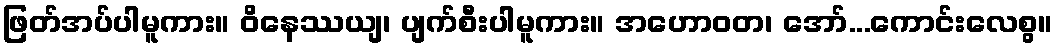
ဖြတ်အပ်ပါမူကား။ ဝိနေဿယျ၊ ပျက်စီးပါမူကား။ အဟောဝတ၊ အော်...ကောင်းလေစွ။